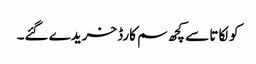
کولکاتا سے کچھ سم کارڈ خریدے گئے۔